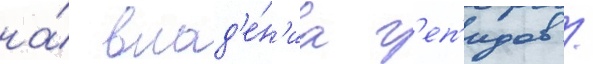
на́ влад'е́н'иа г'еп'идов /